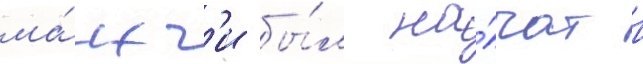
ма́нг'и бы́л на́чат в